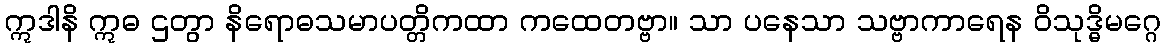
ဣဒါနိ ဣဓ ဌတွာ နိရောဓသမာပတ္တိကထာ ကထေတဗ္ဗာ။ သာ ပနေသာ သဗ္ဗာကာရေန ဝိသုဒ္ဓိမဂ္ဂေ